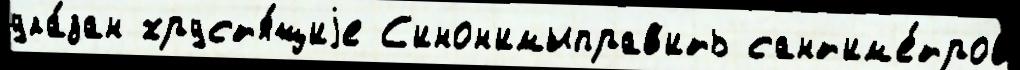
ука́зан хруст'я́щиjе С'инон'имыправ'ить сант'им'е́тров